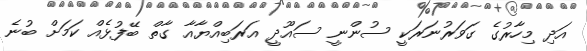
އަދި މިހާރުގެ ގަވަރުނަރަކީ ސުންނީ ސައޫދީ އަރަބިއްޔާއާ ގާތް ބޭފުޅެއް ކަމަށް ބުނެ